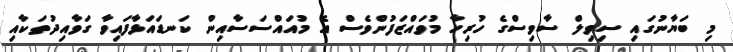
މި ބަޔާނުގައި ސިވިލް ސާވިސްގެ ހުރިހާ މުވައްޒަފުންވެސް އެ މުއައްސަސާއިން ކަނޑައަޅާފައިވާ ގަވާއިދުތަކާއި